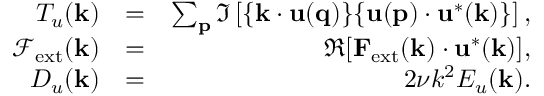
\begin{array} { r l r } { T _ { u } ( { \bf k } ) } & { = } & { \sum _ { \bf p } \Im \left[ { \bf \{ k \cdot u ( q ) \} \{ u ( p ) \cdot u ^ { * } ( k ) \} } \right] , } \\ { \mathcal { F } _ { \mathrm { e x t } } ( { \bf k } ) } & { = } & { \Re [ { \bf F } _ { \mathrm { e x t } } ( { \bf k } ) \cdot { \bf u } ^ { * } ( { \bf k } ) ] , } \\ { D _ { u } ( \mathbf { k } ) } & { = } & { 2 \nu k ^ { 2 } E _ { u } ( { \bf k } ) . } \end{array}